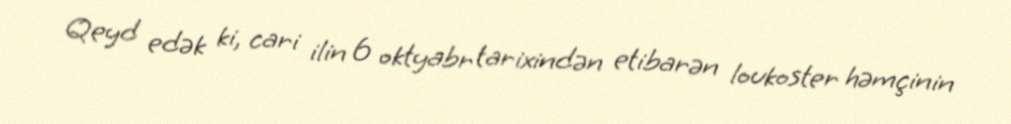
Qeyd edək ki, cari ilin 6 oktyabr tarixindən etibarən loukoster həmçinin